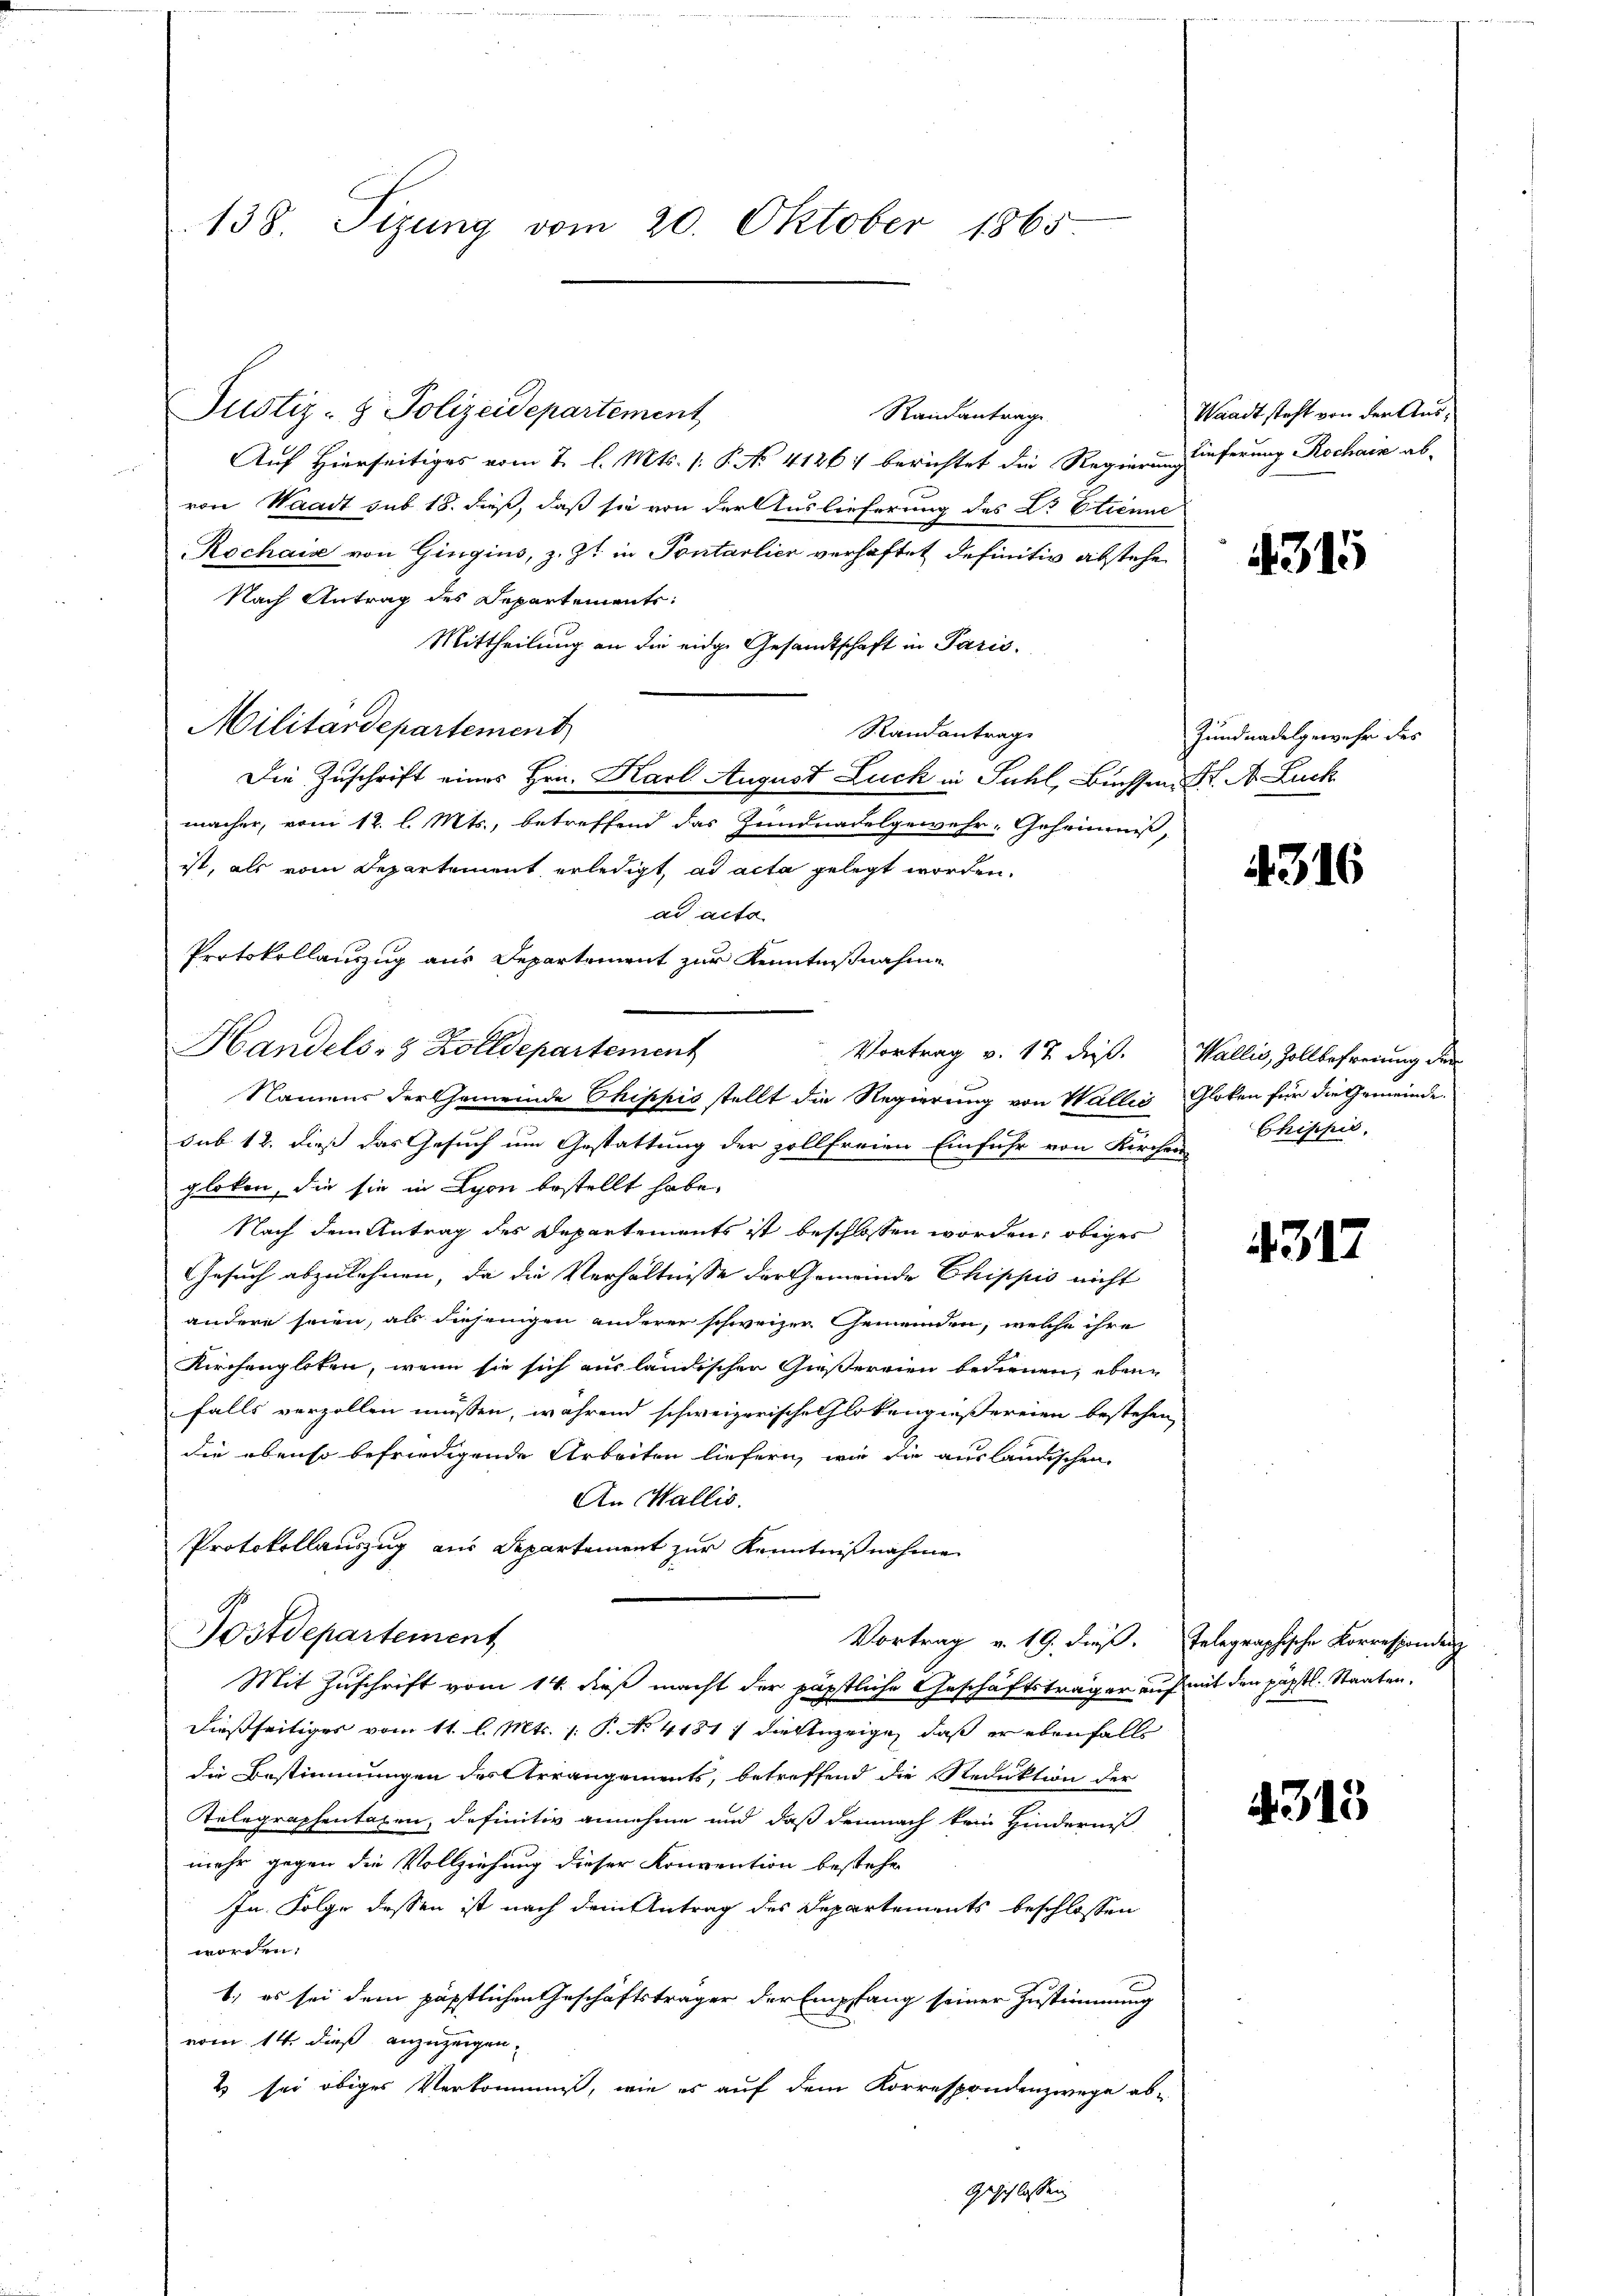
138. Sizung vom 20. Oktober 1865

Randantrage
Auf Hierseitiges vom 2. l. Mts. (: P. No 41861 berichtet die Regierungeferung Rochain ab-
von Waadt sub 18. dieß, daß sie von der Auslieferung des Dr Etienne
Rochas von Gingins, z. Zt. in Pontarlier verhaftet definitiv abstehe
Nach Antrag des Departements:
Mittheilung an die eidge Gesandtschaft in Paris.
Militärdepartement
Randantrag
Die Zuschrift eines Hrn. Karl August Luck in Fuhl, Bussern K. A. Zuck
macher, vom 12. l. Mts., betreffend das Zundnadelgewehr- Geheimis-
ist, als vom Departement erledigt, ad acta gelegt worden.
ad acta
Protokollauszug aus Departement zur Kenntnißnahme
Handels- & Zolldepartement
sub 12. dieß das Gesuch um Gestattung der zollfreien Einfuhr von Kirch-
gloten, die sie in Lyon bestellt habe.
Nach dem Antrag des Departements ist beschlossen worden, obiges
Gesuch abzulehnen, da die Verhältnisse der Gemeinde Chippić nicht
andere seien, als diejenigen anderer schweizer Gemeinden, welche ihre
Kirchengloten, wenn sie sich ausländischen Gießereien bedienen, ebene
falls verzollen müssen, während schweizerische Glokengießereien bestehen,
die ebenso befriedigende Arbeiten liefern, wie die ausländischen
An Wallis.
Protokollauszug aus Departement zur Kenntnißnahme
Postdepartement
Vortrag v. 19. dieß.
Mit Zuschrift vom 14. dieß macht der päpstliche Geschäftsträger auf mit den päpstl. Staaten,
dießseitiges vom 11. l. Mts. /: P. No. 4181) die Anzeige, daß er ebenfall
die Bestimmungen des Arrangements, betreffend die Reduktion der
Relegraphentagen, definitiv annehme und daß demnach kein Hinderniß
mehr gegen die Vollziehung dieser Konvention bestehen
In Folge dessen ist nach dem Antrag des Departements beschlossen
worden.
1) es sei dem päpstlichen Geschäftsträger der Empfang seiner Zustimmung
vom 14. dieß anzuzeigen,
Es sei obiges Verkommes, wie es auf dem Korrespondenzwege ab¬
Geschlossen

Justiz- & Polizeidepartement

Namens der Gemeinde Chippis stellt die Regierung von Wallis

Vortrag v. 17 dieß.

Waadt steht von der Aus¬

4315

Zundnadelgewehr des

4316

Wallis, Zollbefreiung der
Gloken für die Gemeinde.
Chischic

4317

Telegraphische Korrespondenz

313